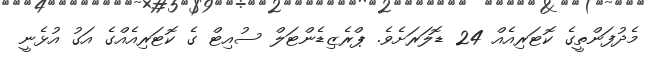
މެދުފަންތީގެ ކޮޓަރިއެއް 24 ޑޮލަރަށެވެ. ޕްރެޒިޑެންޓަލް ސުއިޓް ގެ ކޮޓަރިއެއްގެ އަގު އުޅެނީ